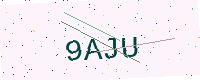
Text: 9AJU